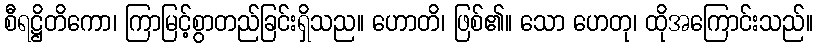
စီရဋ္ဌိတိကော၊ ကြာမြင့်စွာတည်ခြင်းရှိသည။ ဟောတိ၊ ဖြစ်၏။ သော ဟေတု၊ ထိုအကြောင်းသည်။